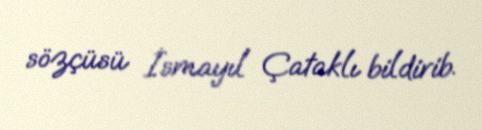
sözçüsü İsmayıl Çataklı bildirib.